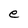
Character: e